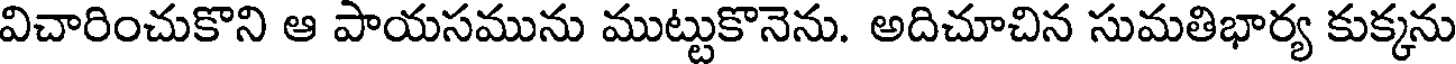
విచారించుకొని ఆ పాయసమును ముట్టుకొనెను. అదిచూచిన సుమతిభార్య కుక్కను